Malaria in the Punjab - Number 46
Disease focus: Malaria
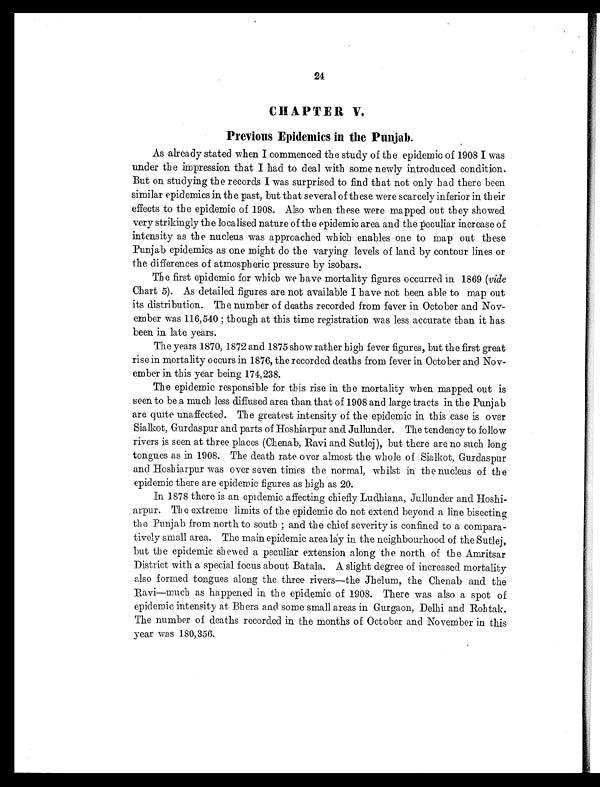
24
CHAPTER V.
Previous Epidemics in the Punjab.
As already stated when I commenced the study of the epidemic of 1908 I was
under the impression that I had to deal with some newly introduced condition.
But on studying the records I was surprised to find that not only had there been
similar epidemics in the past, but that several of these were scarcely inferior in their
effects to the epidemic of 1908. Also when these were mapped out they showed
very strikingly the localised nature of the epidemic area and the peculiar increase of
intensity as the nucleus was approached which enables one to map out these
Punjab epidemics as one might do the varying levels of land by contour lines or
the differences of atmospheric pressure by isobars.
The first epidemic for which we have mortality figures occurred in 1869 ( vide
Chart 5). As detailed figures are not available I have not been able to map out
its distribution. The number of deaths recorded from fever in October and Nov-
ember was 116, 540; t hough at t hi s t i me r egi s t r at i on was l es s accur at e t han i t has
been in late years.
The years 1870, 1872 and 1875 show rather high fever figures, but the first great
rise in mortality occurs in 1876, the recorded deaths from fever in October and Nov-
ember in this year being 174,238.
The epidemic responsible for this rise in the mortality when mapped out is
seen to be a much less diffused area than that of 1908 and large tracts in the Punjab
are quite unaffected. The greatest intensity of the epidemic in this case is over
Sialkot, Gurdaspur and parts of Hoshiarpur and Jullunder. The tendency to follow
rivers is seen at three places (Chenab, Ravi and Sutlej), but there are no such long
tongues as in 1908. The death rate over almost the whole of Sialkot, Gurdaspur
and Hoshiarpur was over seven times the normal, whilst in the nucleus of the
epidemic there are epidemic figures as high as 20.
In 1878 there is an epidemic affecting chiefly Ludhiana, Jullunder and Hoshi-
arpur. The extreme limits of the epidemic do not extend beyond a line bisecting
the Punjab from north to south ; and the chief severity is confined to a compara-
tively small area. The main epidemic area lay in the neighbourhood of the Sutlej,
but the epidemic shewed a peculiar extension along the north of the Amritsar
District with a special focus about Batala. A slight degree of increased mortality
also formed tongues along the three rivers—the Jhelum, the Chenab and the
Ravi—much as happened in the epidemic of 1908. There was also a spot of
epidemic intensity at Bhera and some small areas in Gurgaon, Delhi and Rohtak.
The number of deaths recorded in the months of October and November in this
year was 180,356.